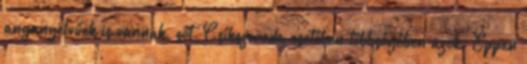
anyanyelvűek is vannak, sőt, Csíkszereda esetében többségében azok. Éppen